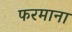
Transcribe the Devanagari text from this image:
फरमाना